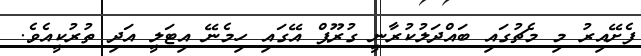
ފެށޭއިރު މި މެޗުގައި ބައްދަލުކުރާނީ ގުރޫޕް އޭގައި ހިމެނޭ އިޓަލީ އަދި ތުރުކީއެވެ.